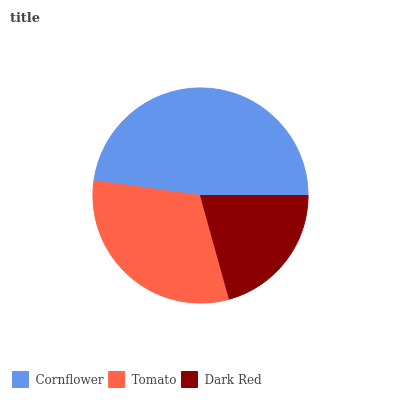
| Cornflower | Tomato | Dark Red |
 | --- | --- | --- |
 | 47.8% | 31.5% | 20.7% |